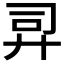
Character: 𫸙